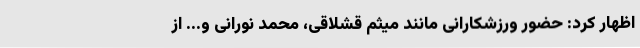
اظهار کرد: حضور ورزشکارانی مانند میثم قشلاقی، محمد نورانی و... از